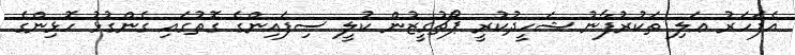
އެފަހަރު ޢަލި ތަކުރުފާނު ޝަހީދުކުރީ ޕޯޗުގީޒުން ކުލީ ސިފައިންގެ ގޮތުގައި ގެންގުޅު ހޮޅިންގެ